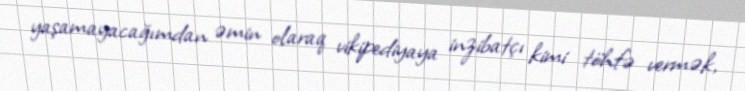
yaşamayacağımdan əmin olaraq vikipediyaya inzibatçı kimi töhfə vermək,